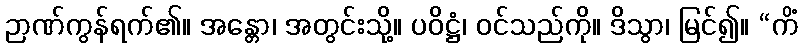
ဉာဏ်ကွန်ရက်၏။ အန္တော၊ အတွင်းသို့။ ပဝိဋ္ဌံ၊ ဝင်သည်ကို။ ဒိသွာ၊ မြင်၍။ “ကိံ